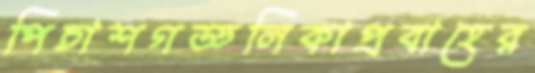
পিচাশগড্ডলিকাপ্রবাহের